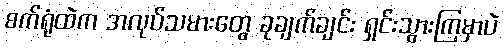
စက်ရုံထဲက အလုပ်သမားတွေ ခုချက်ချင်း ရှင်းသွားကြမှာပဲ